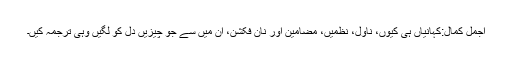
اجمل کمال:کہانیاں ہی کیوں، ناول، نظمیں، مضامین اور نان فکشن، ان میں سے جو چیزیں دل کو لگیں وہی ترجمہ کیں۔